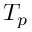
T _ { p }